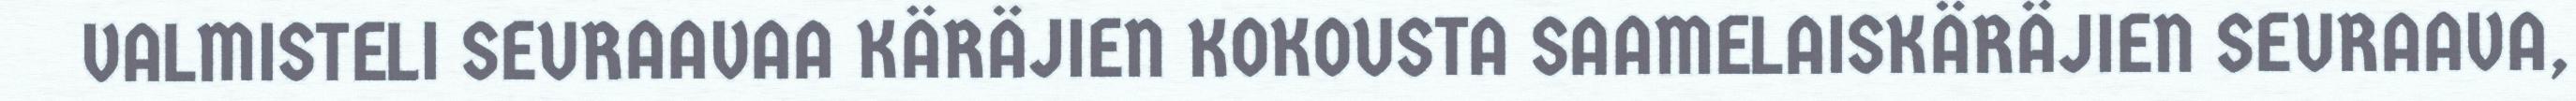
VALMISTELI SEURAAVAA KÄRÄJIEN KOKOUSTA SAAMELAISKÄRÄJIEN SEURAAVA,